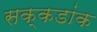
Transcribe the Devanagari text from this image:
सक्कडांक